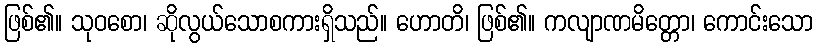
ဖြစ်၏။ သုဝစော၊ ဆိုလွယ်သောစကားရှိသည်။ ဟောတိ၊ ဖြစ်၏။ ကလျာဏမိတ္တော၊ ကောင်းသော